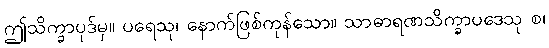
ဤသိက္ခာပုဒ်မှ။ ပရေသု၊ နောက်ဖြစ်ကုန်သော။ သာဓာရဏသိက္ခာပဒေသု စ၊